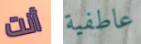
أنت عاطفية